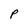
Character: P